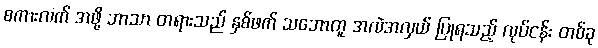
စကားလက် အဖို့ ဘာသာ တရားသည် နှစ်ဖက် သဘောတူ အလဲအလှယ် ပြုရသည့် လုပ်ငန်း တစ်ခု